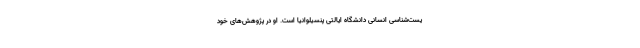
یست‌شناسی انسانی دانشگاه ایالتی پنسیلوانیا است. او در پژوهش‌های خود